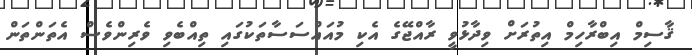
ޤާސިމް އިބްރާހިމް އިތުރަށް ވިދާޅުވީ ރާއްޖޭގެ އެކި މުއައްސަސާތަކުގައި ތިއްބެވި ވެރިންވެސް އެތަންތަން